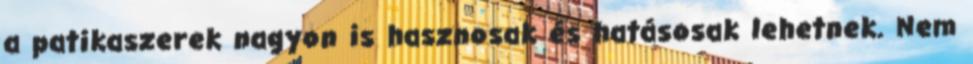
a patikaszerek nagyon is hasznosak és hatásosak lehetnek. Nem